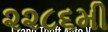
૨૨૮૬મી